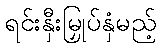
ရင်းနှီးမြှုပ်နှံမည့်